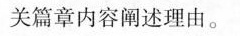
关篇章内容阐述理由。